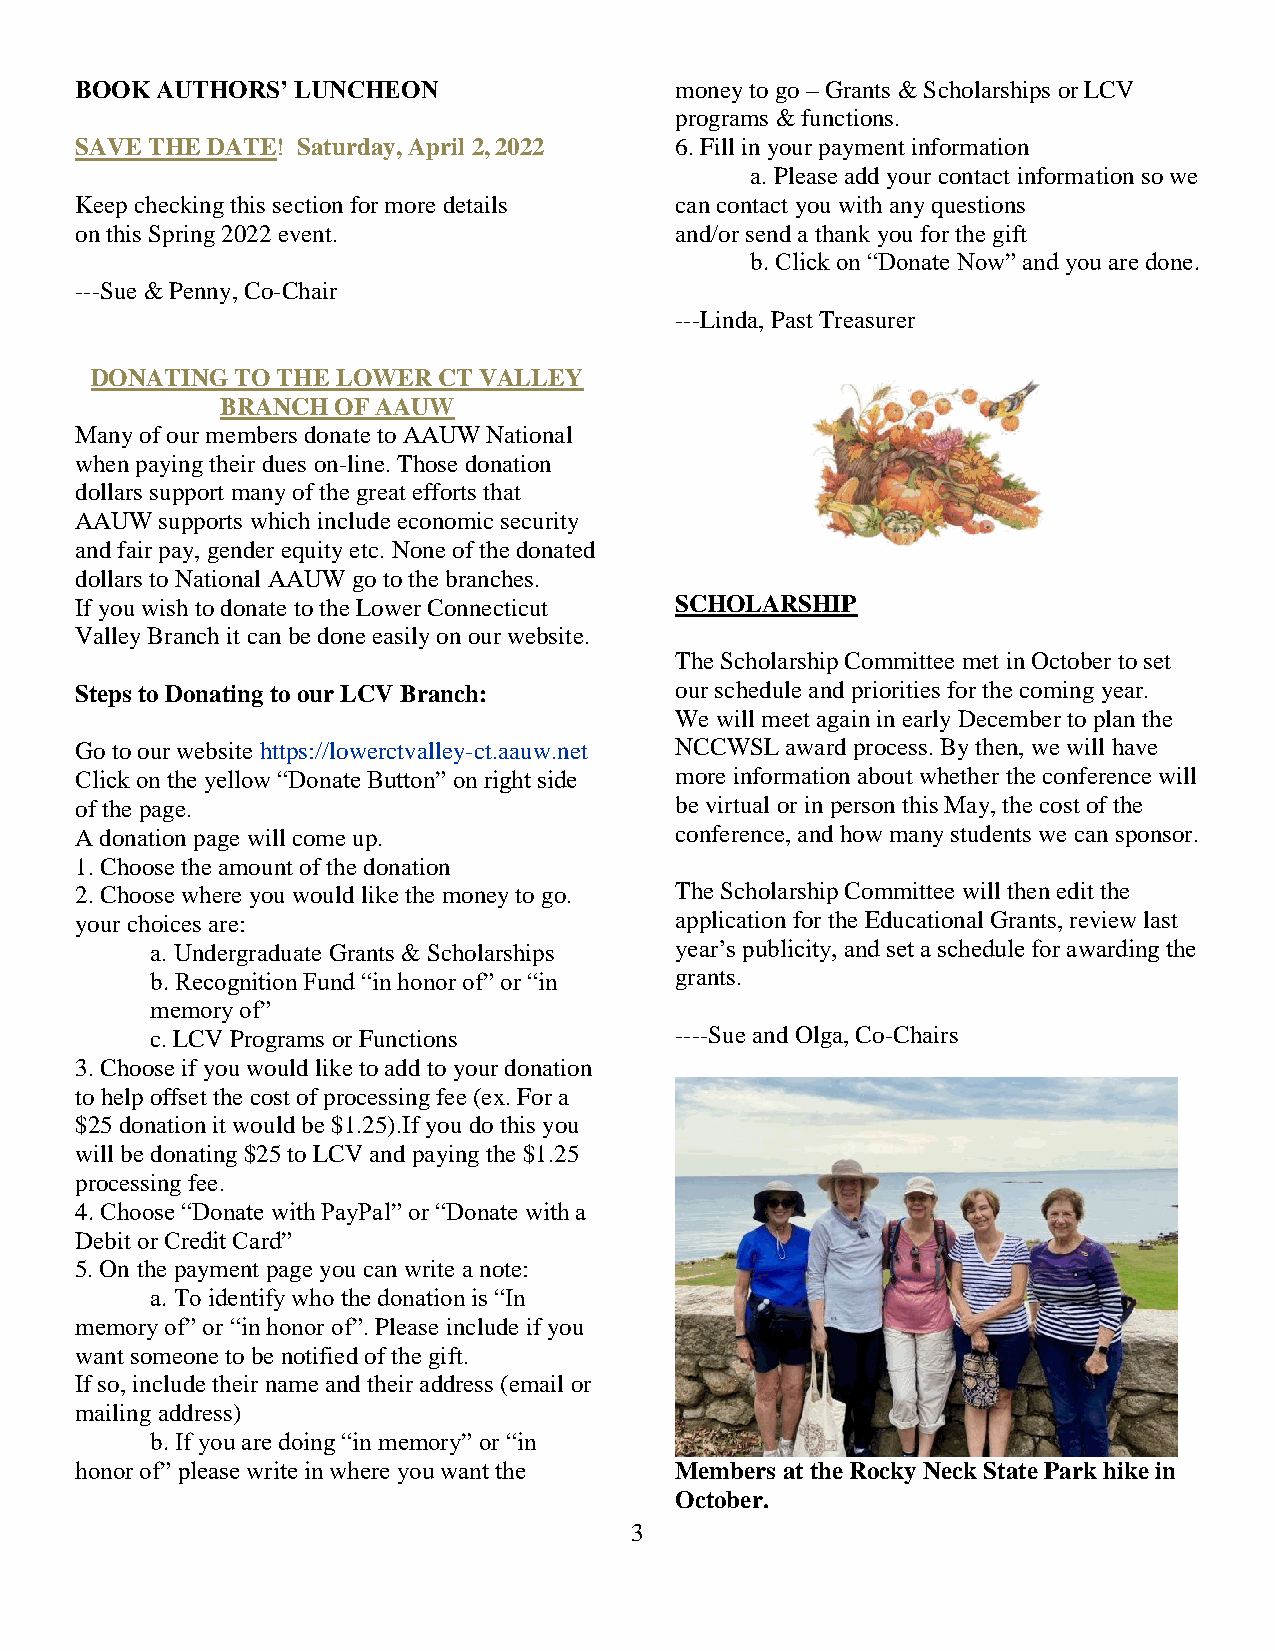
BOOK AUTHORS’ LUNCHEON                  money to go – Grants & Scholarships or LCV
 programs & functions.
 SAVE THE DATE! Saturday, April 2, 2022  6. Fill in your payment information
 a. Please add your contact information so we
 Keep checking this section for more details can contact you with any questions
 on this Spring 2022 event.              and/or send a thank you for the gift
 b. Click on “Donate Now” and you are done.
 ---Sue & Penny, Co-Chair
 ---Linda, Past Treasurer
 DONATING  TO THE LOWER CT VALLEY
 BRANCH OF AAUW
 Many of our members donate to AAUW National
 when paying their dues on-line. Those donation
 dollars support many of the great efforts that
 AAUW  supports which include economic security
 and fair pay, gender equity etc. None of the donated
 dollars to National AAUW go to the branches.
 If you wish to donate to the Lower Connecticut SCHOLARSHIP
 Valley Branch it can be done easily on our website.
 The Scholarship Committee met in October to set
 Steps to Donating to our LCV Branch:    our schedule and priorities for the coming year.
 We will meet again in early December to plan the
 Go to our website https://lowerctvalley-ct.aauw.net NCCWSL award process. By then, we will have
 Click on the yellow “Donate Button” on right side more information about whether the conference will
 of the page.                            be virtual or in person this May, the cost of the
 A donation page will come up.           conference, and how many students we can sponsor.
 1. Choose the amount of the donation
 2. Choose where you would like the money to go. The Scholarship Committee will then edit the
 your choices are:                       application for the Educational Grants, review last
 a. Undergraduate Grants & Scholarships year’s publicity, and set a schedule for awarding the
 b. Recognition Fund “in honor of” or “in grants.
 memory of”
 c. LCV Programs or Functions       ----Sue and Olga, Co-Chairs
 3. Choose if you would like to add to your donation
 to help offset the cost of processing fee (ex. For a
 $25 donation it would be $1.25).If you do this you
 will be donating $25 to LCV and paying the $1.25
 processing fee.
 4. Choose “Donate with PayPal” or “Donate with a
 Debit or Credit Card”
 5. On the payment page you can write a note:
 a. To identify who the donation is “In
 memory of” or “in honor of”. Please include if you
 want someone to be notified of the gift.
 If so, include their name and their address (email or
 mailing address)
 b. If you are doing “in memory” or “in
 honor of” please write in where you want the Members at the Rocky Neck State Park hike in
 October.
 3